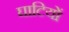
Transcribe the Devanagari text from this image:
घाटियों